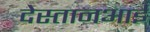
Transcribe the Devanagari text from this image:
देस्तानआई